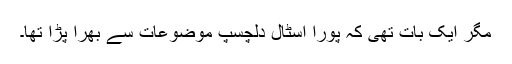
مگر ایک بات تھی کہ پورا اسٹال دلچسپ موضوعات سے بھرا پڑا تھا۔